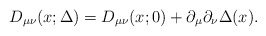
\begin{align*}D_{\mu \nu}(x;\Delta) = D_{\mu \nu}(x;0) + \partial_\mu \partial_\nu\Delta(x). \end{align*}